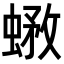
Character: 𧎄